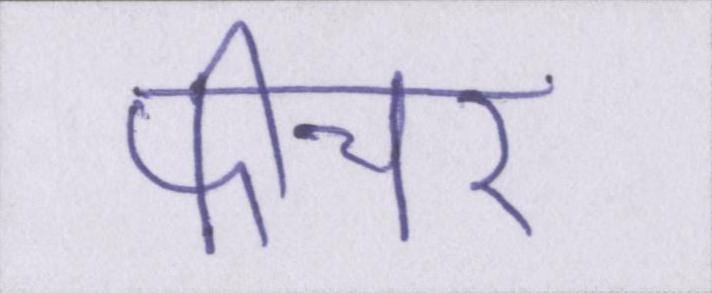
फीचर